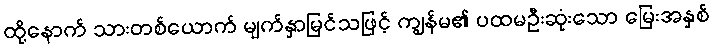
ထို့နောက် သားတစ်ယောက် မျက်နှာမြင်သဖြင့် ကျွန်မ၏ ပထမဦးဆုံးသော မြေးအနှစ်